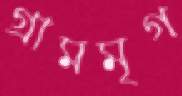
গ্রামমৃগ